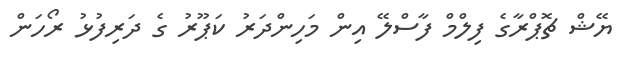
ޔޭޝް ޗޮޕްރާގެ ފިލްމް ފާސްލޭ އިން މަހިންދަރު ކަޕޫރު ގެ ދަރިފުޅު ރޯހަން